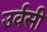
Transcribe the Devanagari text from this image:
उर्वसी